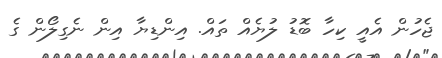
ޖެހުން އެއީ ކިހާ ބޮޑު ލުޔެއް ތައް. އިންޑިޔާ އިން ނެގިލޯން ގެ